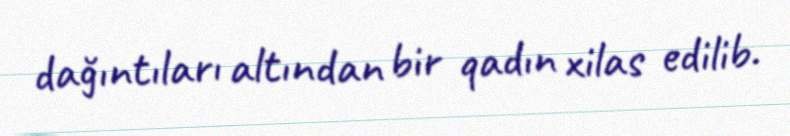
dağıntıları altından bir qadın xilas edilib.